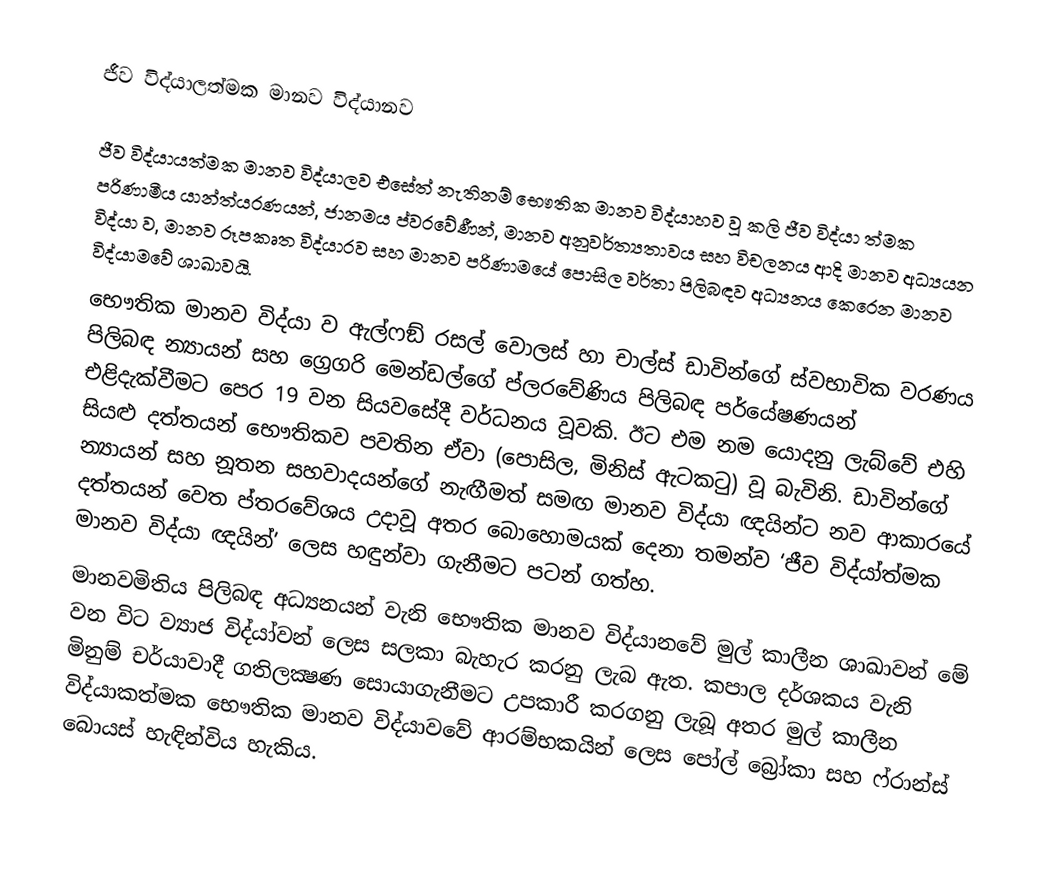
ජීව විද්යාලත්මක මානව විද්යානව

ජීව විද්යායත්මක මානව විද්යාලව එසේත් නැතිනම් භෞතික මානව විද්යාහව වූ කලි ජීව විද්යා ත්මක පරිණාමීය යාන්ත්ය‍රණයන්, ජානමය ප්ව‍රවේණීන්, මානව අනුවර්ත්‍යතාවය සහ විචලනය ආදි මානව අධ්‍යයන විද්යා ව, මානව රූපකෘත විද්යාරව සහ මානව පරිණාමයේ පොසිල වර්තා පිලිබඳව අධ්‍යනය කෙරෙන මානව විද්යාමවේ ශාඛාවයි.
භෞතික මානව විද්යා ව ඇල්ෆඞ් රසල් වොලස් හා චාල්ස් ඩාවින්ගේ ස්වභාවික වරණය පිලිබඳ න්‍යායන් සහ ග්‍රෙගරි මෙන්ඩල්ගේ ප්ල‍රවේණිය පිලිබඳ පර්යේෂණයන් එළිදැක්වීමට පෙර 19 වන සියවසේදී වර්ධනය වූවකි. ඊට එම නම යොදනු ලැබ්වේ එහි සියළු දත්තයන් භෞතිකව පවතින ඒවා (පොසිල, මිනිස් ඇටකටු) වූ බැවිනි. ඩාවින්ගේ න්‍යායන් සහ නූතන සහවාදයන්ගේ නැඟීමත් සමඟ මානව විද්යා ඥයින්ට නව ආකාරයේ දත්තයන් වෙත ප්ත‍රවේශය උදාවූ අතර බොහොමයක් දෙනා තමන්ව ‘ජීව විද්යා්ත්මක මානව විද්යා ඥයින්’ ලෙස හඳුන්වා ගැනීමට පටන් ගත්හ.
මානවමිතිය පිලිබඳ අධ්‍යනයන් වැනි භෞතික මානව විද්යානවේ මුල් කාලීන ශාඛාවන් මේ වන විට ව්‍යාජ විද්යා්වන් ලෙස සලකා බැහැර කරනු ලැබ ඇත. කපාල දර්ශකය වැනි මිනුම් චර්යාවාදී ගතිලක්‍ෂණ සොයාගැනීමට උපකාරී කරගනු ලැබූ අතර මුල් කාලීන විද්යාකත්මක භෞතික මානව විද්යාවවේ ආරම්භකයින් ලෙස පෝල් බ්‍රෝකා සහ ෆ්රාන්ස් බොයස් හැඳින්විය හැකිය.